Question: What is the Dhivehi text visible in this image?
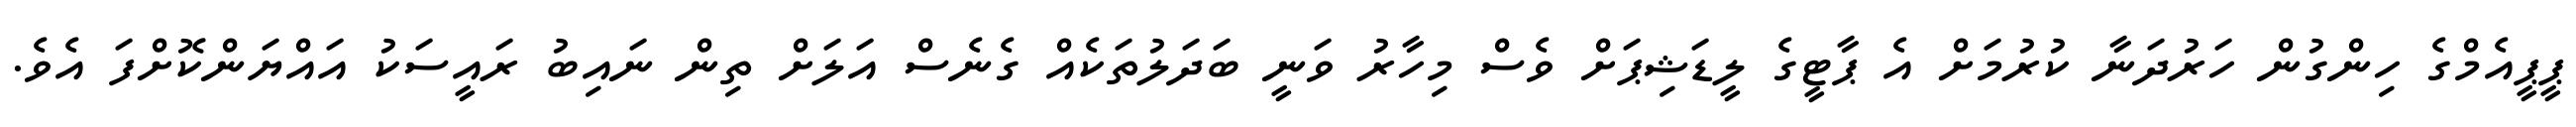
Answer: ޕީޕީއެމްގެ ހިންގުން ހަރުދަނާ ކުރުމަށް އެ ޕާޓީގެ ލީޑަޝިޕަށް ވެސް މިހާރު ވަނީ ބަދަލުތަކެއް ގެނެސް އަލަށް ތިން ނައިބު ރައީސަކު އައްޔަންކޮށްފަ އެވެ.